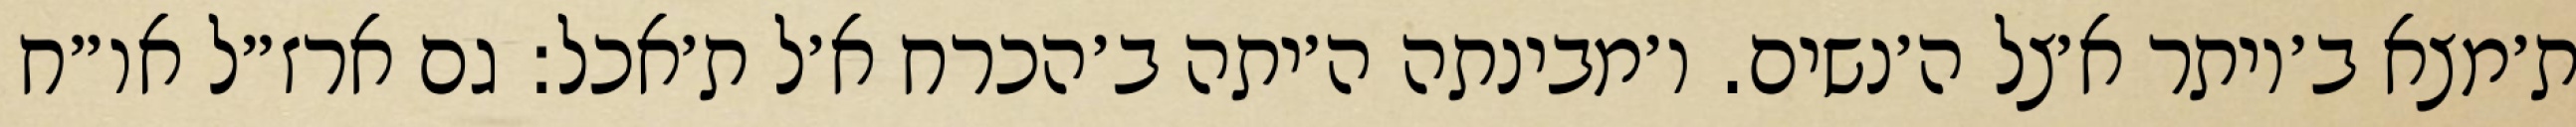
ת׳מצא ב׳יותר א׳צל ה׳נשים. ו׳מבינתה ה׳יתה ב׳הכרח א׳ל ת׳אכל: גם ארז״ל או״ח